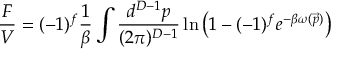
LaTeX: \frac { F } { V } = ( - 1 ) ^ { f } \frac { 1 } { \beta } \int \frac { d ^ { D - 1 } p } { ( 2 \pi ) ^ { D - 1 } } \ln \left( 1 - ( - 1 ) ^ { f } e ^ { - \beta \omega ( \vec { p } ) } \right)